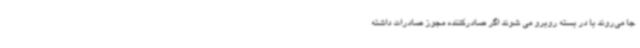
جا می‌روند با در بسته روبرو می شوند اگر صادرکننده مجوز صادرات داشته